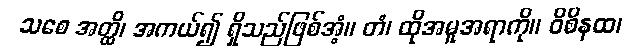
သစေ အတ္ထိ၊ အကယ်၍ ရှိသည်ဖြစ်အံ့။ တံ၊ ထိုအမူအရာကို။ ဝိစိနထ၊